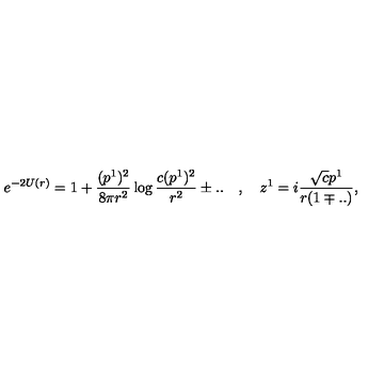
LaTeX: e ^ { - 2 U ( r ) } = 1 + { \frac { ( p ^ { 1 } ) ^ { 2 } } { 8 \pi r ^ { 2 } } } \log { \frac { c ( p ^ { 1 } ) ^ { 2 } } { r ^ { 2 } } } \pm . . \quad , \quad z ^ { 1 } = i { \frac { \sqrt { c } p ^ { 1 } } { r ( 1 \mp . . ) } } ,